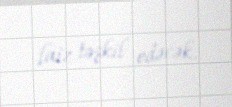
faiz təşkil edəcək.